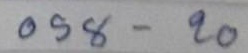
058 - 20